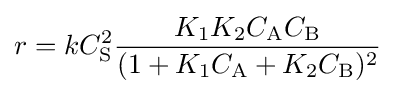
r=kC_{\mathrm {S} }^{2}{\frac {K_{1}K_{2}C_{\mathrm {A} }C_{\mathrm {B} }}{(1+K_{1}C_{\mathrm {A} }+K_{2}C_{\mathrm {B} })^{2}}}